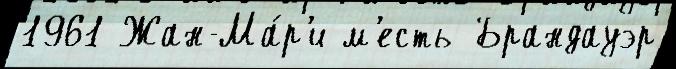
1961 Жан-Ма́р'и м'есть Брандауэр